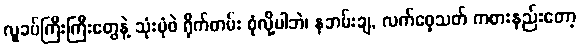
လူခပ်ကြီးကြီးတွေနဲ့ သုံးပုံဖဲ ရိုက်တမ်း စုံလို့ပါဘဲ၊ နဘမ်းချ, လက်ဝှေ့သတ် ကစားနည်းတော့